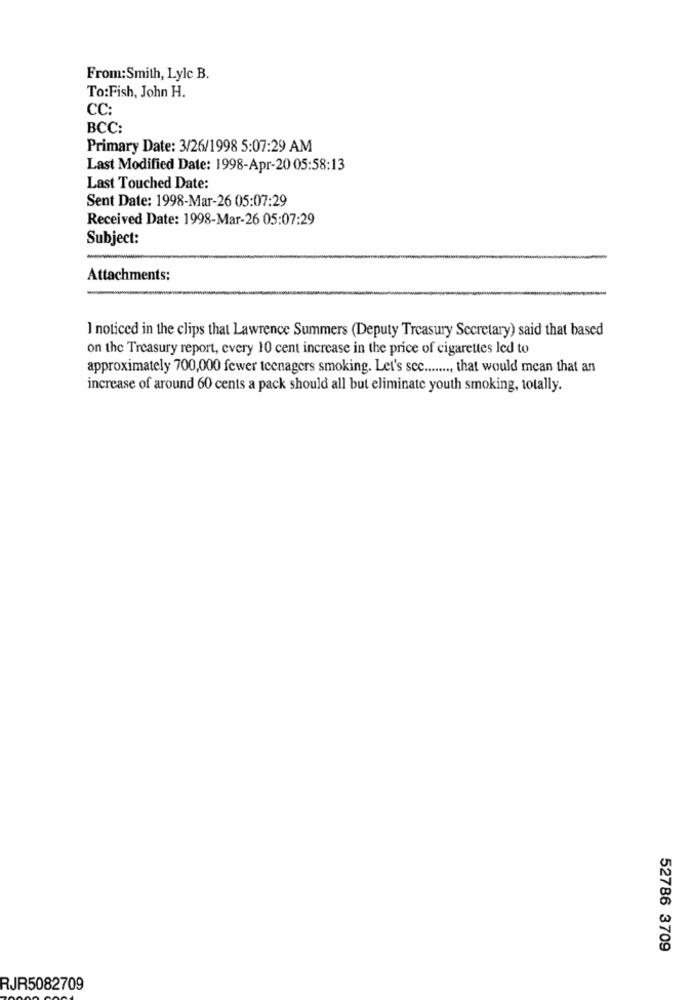
From:Smith, Lylc B.
To: Fish, John H.
CC:
BCC:
Primary Date: 3/26/1998 5:07:29 AM
Last Modified Date: 1998-Apr-20 05:58:13
Last Touched Date:
Sent Date: 1998-Mar-26 05:07:29
Received Date: 1998-Mar-26 05:07:29
Subject:
Attachments:
I noticed in the clips that Lawrence Summers (Deputy Treasury Secretary) said that based
on the Treasury report, every 10 cent increase in the price of cigarettes led to
approximately 700,000 fewer teenagers smoking. Let's sec ......., that would mean that an
increase of around 60 cents a pack should all but eliminate youth smoking, totally.
52786 3709
RJR5082709